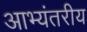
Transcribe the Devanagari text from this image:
आभ्यंतरीय